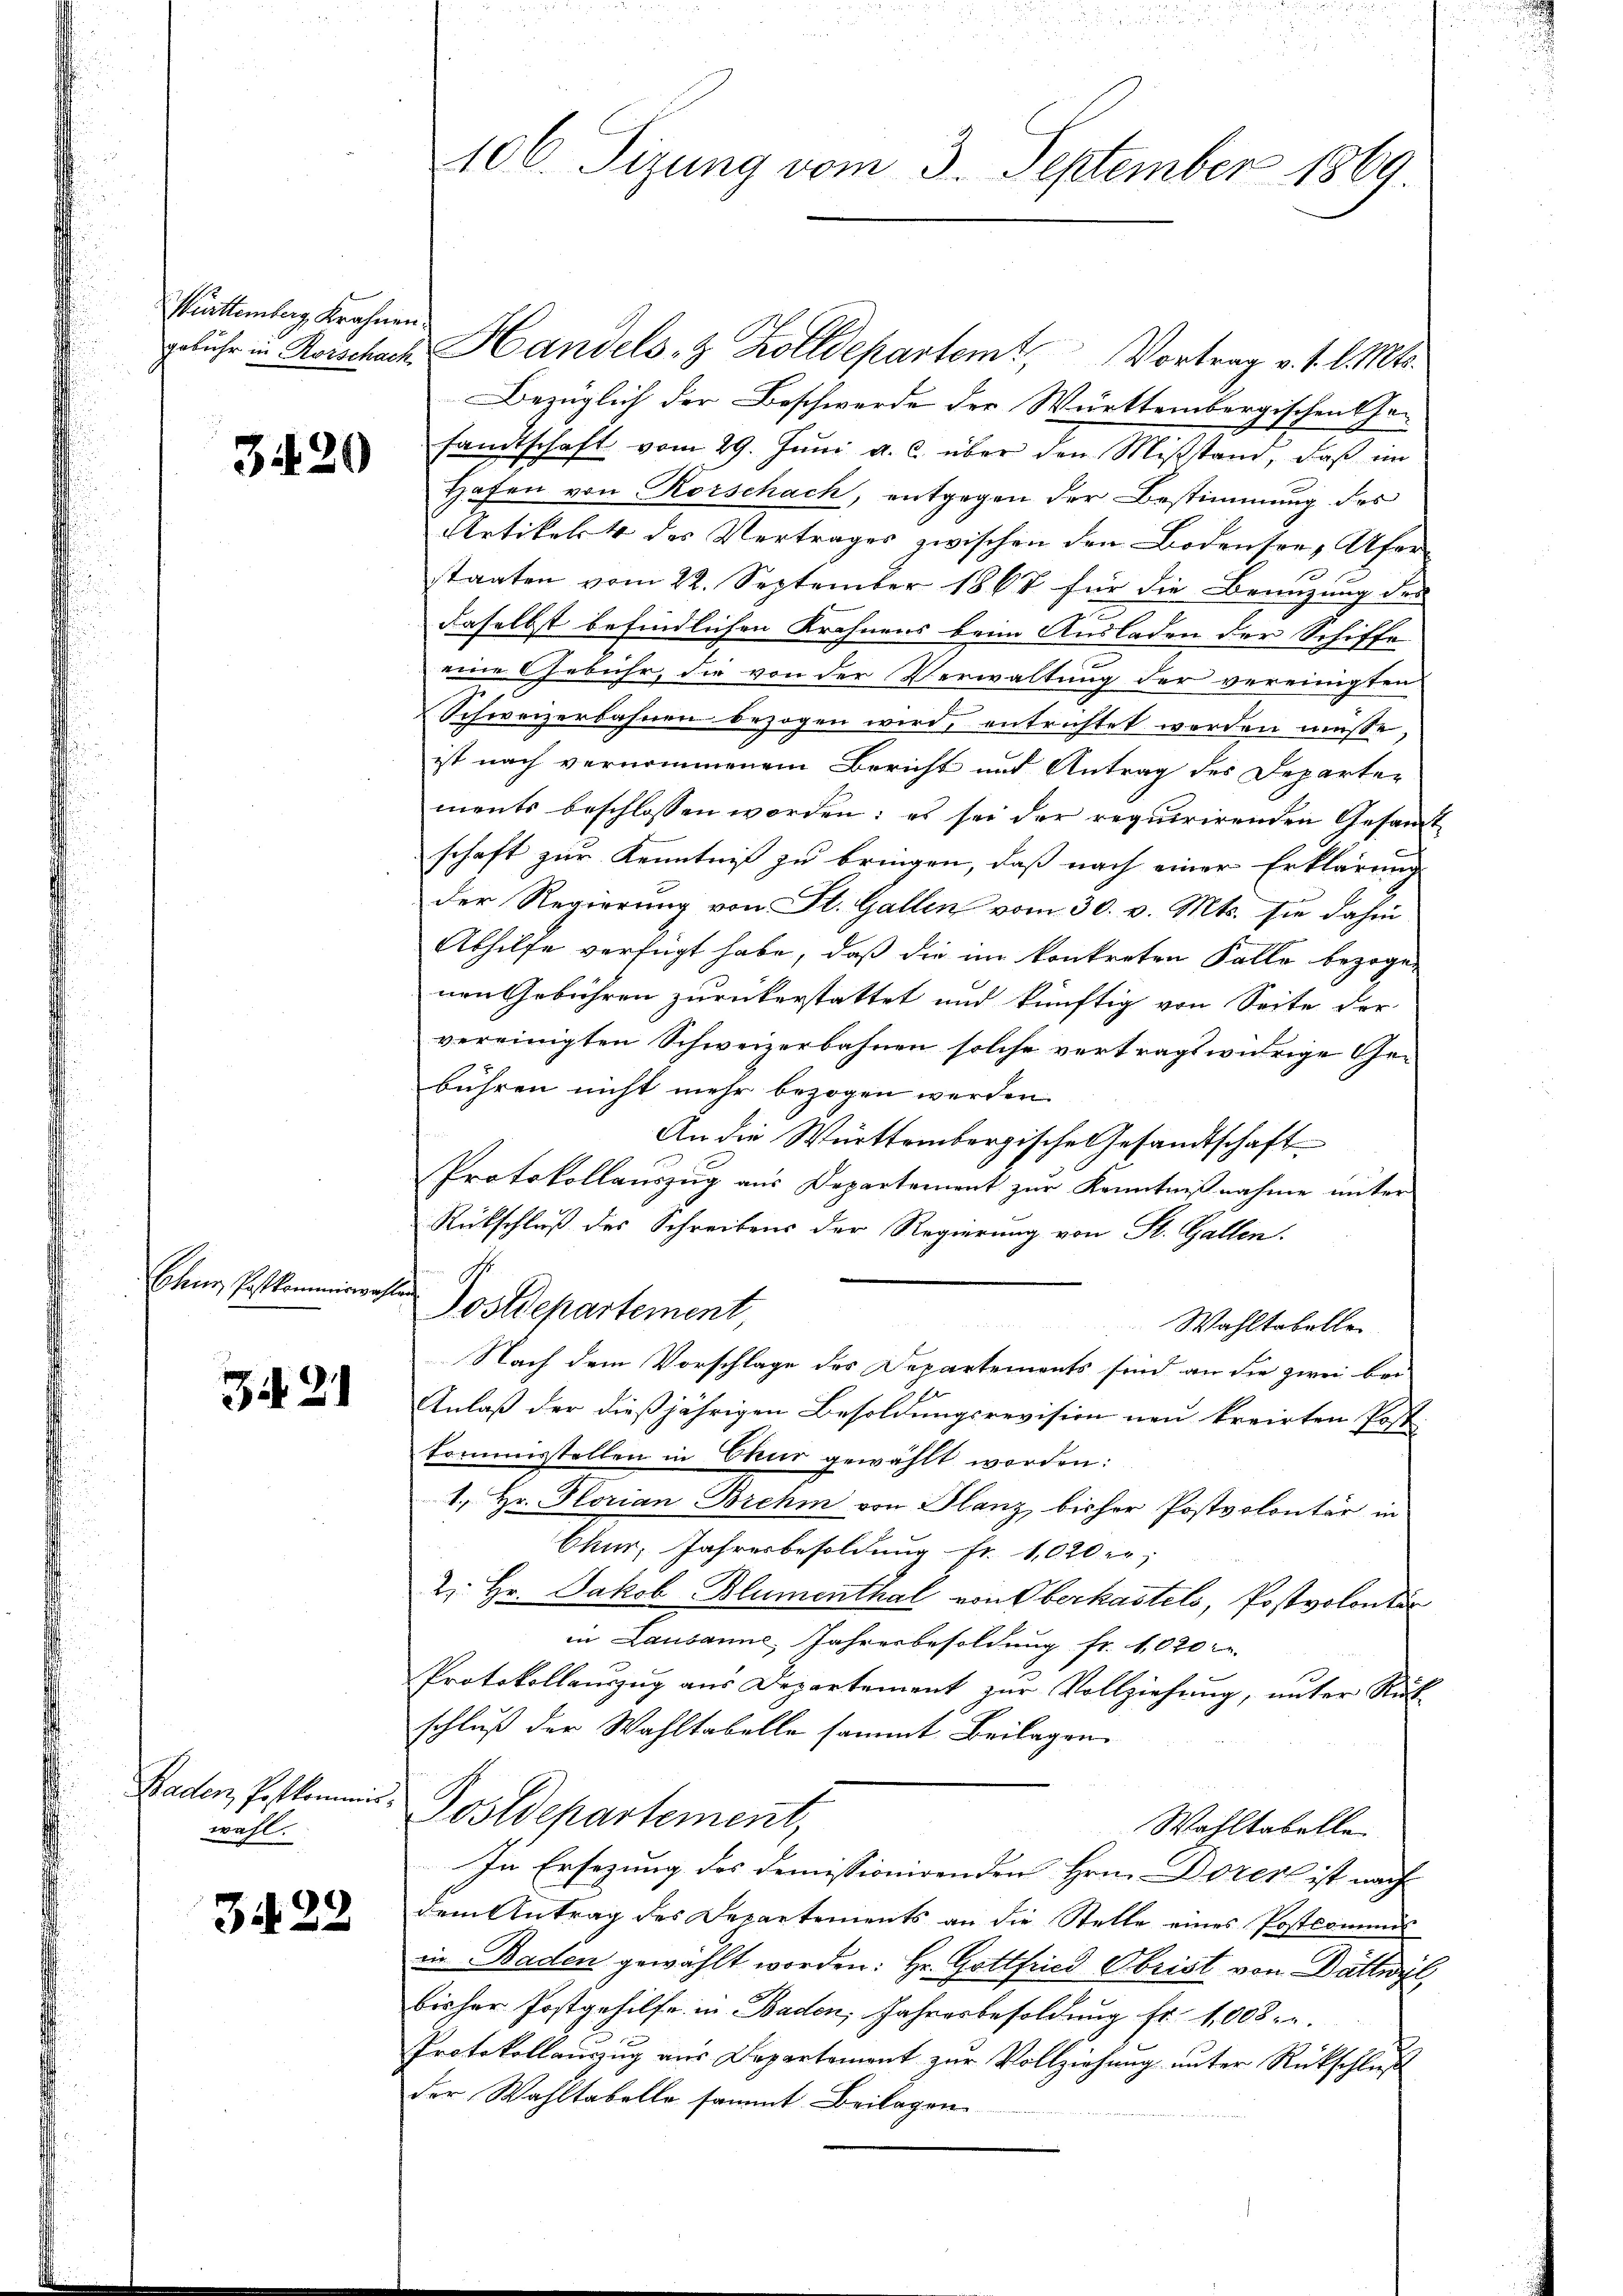
Württemberg Krahnen.

3420

Chur, Postkommiswa

Z. 21

Baden, Postkommis
wahl.

34. 22

gebühr in Rorschach Handels- & Zolldepartemt, Vortrag v. 1. l. Mts.
Bezüglich der Beschwerde der Württembergischen Ge¬
72
sandtschaft vom 29. Jŭni a. c. über den Mißstand, daß im
Hafen von Rorschach, entgegen der Bestimmung des
Artikel des Vertrages zwischen den Bodensee Ufer
staaten vom 22. September 1867 für die Benuzung des
daselbst befindlichen Krahnens beim Ausladen der Schiffe
eine Gebühr, die von der Verwaltung der vereinigten
Schweizerbahnen bezogen wird, entrichtet werden müsse,
ist nach vernommenem Bericht und Antrag des Departen
ments beschlossen worden: es sei der requirirenden Gesamt-
schaft zur Kenntniß zu bringen, daß nach einer Erklärung
der Regierung von St. Gallen vom 30. v. Mts. sie dahin
Abhilfe verfügt habe, daß die im konkreten Falle bezogen
nen Gebühren zurückerstattet und künftig von Seite der
vereinigten Schweizerbahnen solche vertragswirige Gebühren nicht mehr bezogen werden.
An die Württembergische Gesandtschaft
Protokollauszug aus Departement zur Kenntnißnahme unter
Rütschluß des Schreibens der Regierung von St. Gallen.
luf
Postdepartement,
Wahltabellen
Nach dem Vorschlage des Departemonts sind an die zwei bei
Anlaß der dießjährigen Besoldungsrevision neu kreirten Post-
kommisstellen in Chur gewählt worden:
1., Hr. Horian Brehm von Glanz bisher Postvolontär in
Chur, Jahresbesoldung Fr. 1020 er;
2. Hr. Jakob Blumenthal von Oberkastels, Postvolontär
in Lausanne Jahresbesoldung fr. 1020
Protokollaŭszŭg aŭs Departement zŭr Vollziehung, unter Ruch
schluß der Wahltabelle sammt Beilagen
f
Postdepartement,
Wahltabelle
In Ersezung des demissionirenden Hrn. Dores ist nach
dem Antrag des Separtements an die Stelle eines Postcommis
in Baden gewählt worden: Hr. Gottfried Obrist von Dättwyl,
bisher Postgehilfe in Baden, Jahresbesoldung Fr. 1,008.
Protokollauszug aus Departement zur Vollziehung unter Rückschluß
der Wahltabelle sammt Beilagen.

106. Sizung vom 3. September 1869.